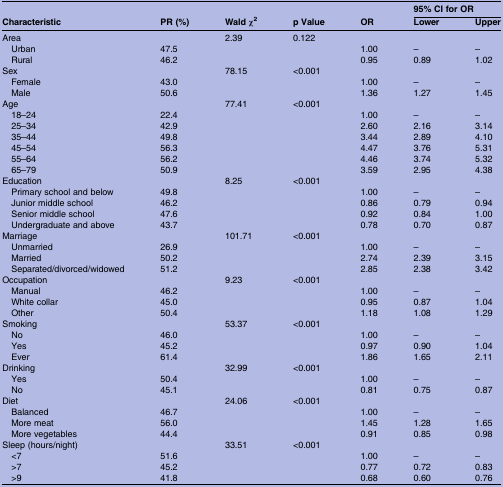
<table><thead><tr><td></td><td></td><td></td><td></td><td></td><td colspan="2"><b>95% CI for OR</b></td></tr><tr><td><b>Characteristic</b></td><td><b>PR (%)</b></td><td><b>Wald χ<sup>2</sup></b></td><td><b>p Value</b></td><td><b>OR</b></td><td><b>Lower</b></td><td><b>Upper</b></td></tr></thead><tbody><tr><td>Area</td><td></td><td>2.39</td><td>0.122</td><td></td><td></td><td></td></tr><tr><td> Urban</td><td>47.5</td><td></td><td></td><td>1.00</td><td>–</td><td>–</td></tr><tr><td> Rural</td><td>46.2</td><td></td><td></td><td>0.95</td><td>0.89</td><td>1.02</td></tr><tr><td>Sex</td><td></td><td>78.15</td><td>&lt;0.001</td><td></td><td></td><td></td></tr><tr><td> Female</td><td>43.0</td><td></td><td></td><td>1.00</td><td>–</td><td>–</td></tr><tr><td> Male</td><td>50.6</td><td></td><td></td><td>1.36</td><td>1.27</td><td>1.45</td></tr><tr><td>Age</td><td></td><td>77.41</td><td>&lt;0.001</td><td></td><td></td><td></td></tr><tr><td> 18–24</td><td>22.4</td><td></td><td></td><td>1.00</td><td>–</td><td>–</td></tr><tr><td> 25–34</td><td>42.9</td><td></td><td></td><td>2.60</td><td>2.16</td><td>3.14</td></tr><tr><td> 35–44</td><td>49.8</td><td></td><td></td><td>3.44</td><td>2.89</td><td>4.10</td></tr><tr><td> 45–54</td><td>56.3</td><td></td><td></td><td>4.47</td><td>3.76</td><td>5.31</td></tr><tr><td> 55–64</td><td>56.2</td><td></td><td></td><td>4.46</td><td>3.74</td><td>5.32</td></tr><tr><td> 65–79</td><td>50.9</td><td></td><td></td><td>3.59</td><td>2.95</td><td>4.38</td></tr><tr><td>Education</td><td></td><td>8.25</td><td>&lt;0.001</td><td></td><td></td><td></td></tr><tr><td> Primary school and below</td><td>49.8</td><td></td><td></td><td>1.00</td><td>–</td><td>–</td></tr><tr><td> Junior middle school</td><td>46.2</td><td></td><td></td><td>0.86</td><td>0.79</td><td>0.94</td></tr><tr><td> Senior middle school</td><td>47.6</td><td></td><td></td><td>0.92</td><td>0.84</td><td>1.00</td></tr><tr><td> Undergraduate and above</td><td>43.7</td><td></td><td></td><td>0.78</td><td>0.70</td><td>0.87</td></tr><tr><td>Marriage</td><td></td><td>101.71</td><td>&lt;0.001</td><td></td><td></td><td></td></tr><tr><td> Unmarried</td><td>26.9</td><td></td><td></td><td>1.00</td><td>–</td><td>–</td></tr><tr><td> Married</td><td>50.2</td><td></td><td></td><td>2.74</td><td>2.39</td><td>3.15</td></tr><tr><td> Separated/divorced/widowed</td><td>51.2</td><td></td><td></td><td>2.85</td><td>2.38</td><td>3.42</td></tr><tr><td>Occupation</td><td></td><td>9.23</td><td>&lt;0.001</td><td></td><td></td><td></td></tr><tr><td> Manual</td><td>46.2</td><td></td><td></td><td>1.00</td><td>–</td><td>–</td></tr><tr><td> White collar</td><td>45.0</td><td></td><td></td><td>0.95</td><td>0.87</td><td>1.04</td></tr><tr><td> Other</td><td>50.4</td><td></td><td></td><td>1.18</td><td>1.08</td><td>1.29</td></tr><tr><td>Smoking</td><td></td><td>53.37</td><td>&lt;0.001</td><td></td><td></td><td></td></tr><tr><td> No</td><td>46.0</td><td></td><td></td><td>1.00</td><td>–</td><td>–</td></tr><tr><td> Yes</td><td>45.2</td><td></td><td></td><td>0.97</td><td>0.90</td><td>1.04</td></tr><tr><td> Ever</td><td>61.4</td><td></td><td></td><td>1.86</td><td>1.65</td><td>2.11</td></tr><tr><td>Drinking</td><td></td><td>32.99</td><td>&lt;0.001</td><td></td><td></td><td></td></tr><tr><td> Yes</td><td>50.4</td><td></td><td></td><td>1.00</td><td>–</td><td>–</td></tr><tr><td> No</td><td>45.1</td><td></td><td></td><td>0.81</td><td>0.75</td><td>0.87</td></tr><tr><td>Diet</td><td></td><td>24.06</td><td>&lt;0.001</td><td></td><td></td><td></td></tr><tr><td> Balanced</td><td>46.7</td><td></td><td></td><td>1.00</td><td>–</td><td>–</td></tr><tr><td> More meat</td><td>56.0</td><td></td><td></td><td>1.45</td><td>1.28</td><td>1.65</td></tr><tr><td> More vegetables</td><td>44.4</td><td></td><td></td><td>0.91</td><td>0.85</td><td>0.98</td></tr><tr><td>Sleep (hours/night)</td><td></td><td>33.51</td><td>&lt;0.001</td><td></td><td></td><td></td></tr><tr><td> &lt;7</td><td>51.6</td><td></td><td></td><td>1.00</td><td>–</td><td>–</td></tr><tr><td> &gt;7</td><td>45.2</td><td></td><td></td><td>0.77</td><td>0.72</td><td>0.83</td></tr><tr><td> &gt;9</td><td>41.8</td><td></td><td></td><td>0.68</td><td>0.60</td><td>0.76</td></tr></tbody></table>